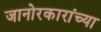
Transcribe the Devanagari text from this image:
जानोरकारांच्या